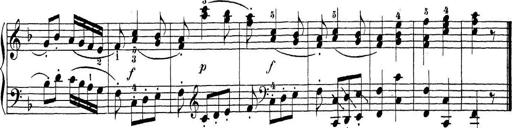
Title: Sonatina Album
Composer: Louis KÃ¶hler